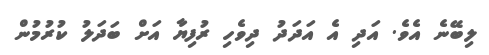
ލިބޭނެ އެވެ. އަދި އެ އަދަދު ދިވެހި ރުފިޔާ އަށް ބަދަލު ކުރުމުން